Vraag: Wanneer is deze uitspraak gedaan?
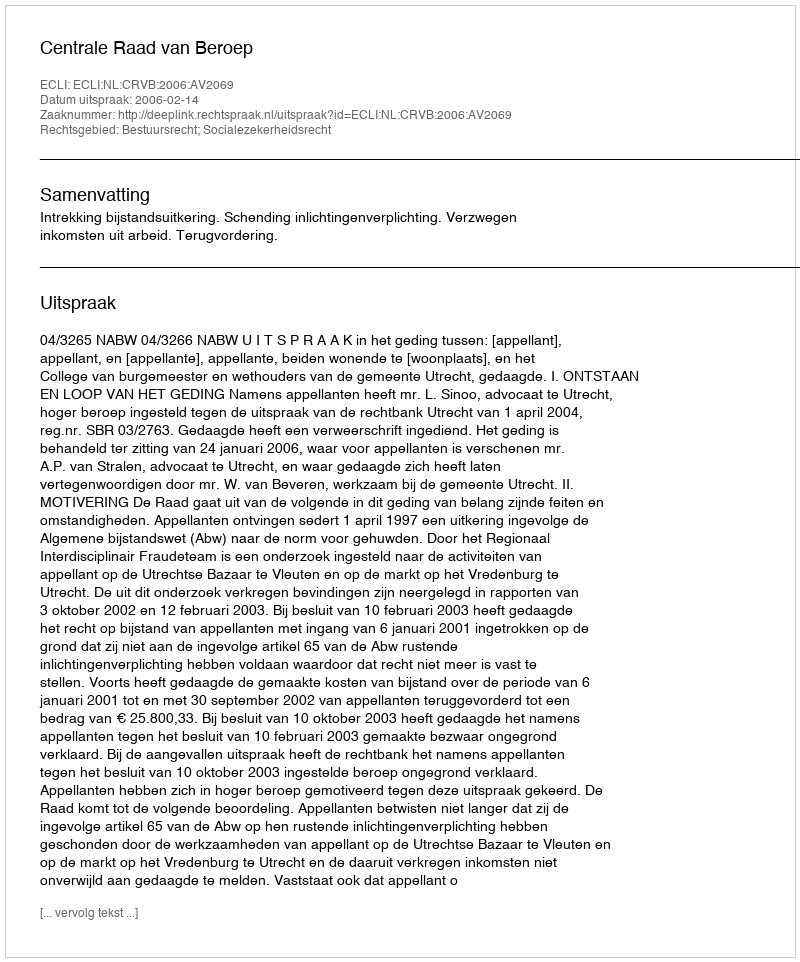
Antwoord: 2006-02-14